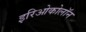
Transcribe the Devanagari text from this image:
इरिओकोलॉन